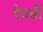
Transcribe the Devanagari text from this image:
ऐवढी